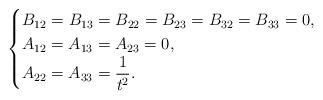
LaTeX: \begin{align*}\begin{cases}B_{12}=B_{13}=B_{22}=B_{23}=B_{32}=B_{33}=0, \\A_{12}=A_{13}=A_{23}=0, \\A_{22}=A_{33}=\dfrac{1}{t^2}.\end{cases}\end{align*}